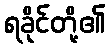
ရခိုင်တို့၏